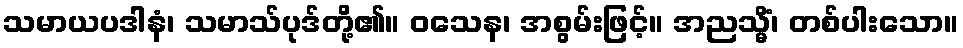
သမာယပဒါနံ၊ သမာသ်ပုဒ်တို့၏။ ဝသေန၊ အစွမ်းဖြင့်။ အညသ္မိံ၊ တစ်ပါးသော။